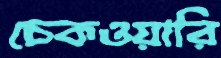
চেকওয়ারি